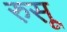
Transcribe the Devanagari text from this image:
रुसू